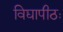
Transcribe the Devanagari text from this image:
विद्यापीठः